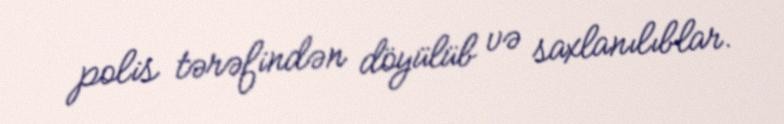
polis tərəfindən döyülüb və saxlanılıblar.